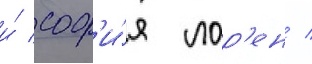
и́ соф'и́я лор'ен /